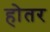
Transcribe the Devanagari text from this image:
होतर